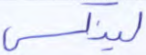
لينكس